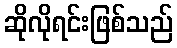
ဆိုလိုရင်းဖြစ်သည်